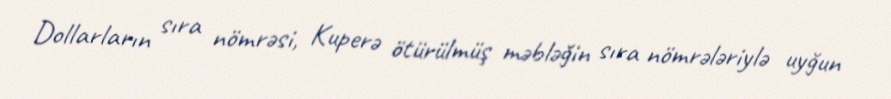
Dollarların sıra nömrəsi, Kuperə ötürülmüş məbləğin sıra nömrələriylə uyğun